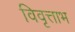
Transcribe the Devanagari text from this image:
विवृत्ताभ